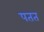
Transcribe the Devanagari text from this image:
पतत